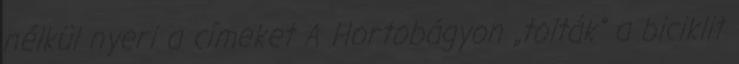
nélkül nyeri a címeket A Hortobágyon „tolták” a biciklit